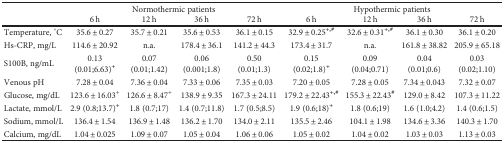
<table><thead><tr><td rowspan="2"></td><td colspan="4"><b>Normothermic patients</b></td><td colspan="4"><b>Hypothermic patients</b></td></tr><tr><td><b>6 h</b></td><td><b>12 h</b></td><td><b>36 h</b></td><td><b>72 h</b></td><td><b>6 h</b></td><td><b>12 h</b></td><td><b>36 h</b></td><td><b>72 h</b></td></tr></thead><tbody><tr><td>Temperature, °C</td><td>35.6 ± 0.27</td><td>35.7 ± 0.21</td><td>35.6 ± 0.53</td><td>36.1 ± 0.15</td><td>32.9 ± 0.25<sup><b>+,#</b></sup></td><td>32.6 ± 0.31<sup><b>+,#</b></sup></td><td>36.1 ± 0.30</td><td>36.1 ± 0.20</td></tr><tr><td>Hs-CRP, mg/L</td><td>114.6 ± 20.92</td><td>n.a.</td><td>178.4 ± 36.1</td><td>141.2 ± 44.3</td><td>173.4 ± 31.7</td><td>n.a.</td><td>161.8 ± 38.82</td><td>205.9 ± 65.18</td></tr><tr><td>S100B, ng/mL</td><td>0.13(0.01;6.63)<sup><b>+</b></sup></td><td>0.07 (0.01;1.42)</td><td>0.06 (0.001;1.8)</td><td>0.50 (0.01;1.3)</td><td>0.15 (0.02;1.8)<sup><b>+</b></sup></td><td>0.09 (0.04;0.71)</td><td>0.04 (0.01;0.6)</td><td>0.03 (0.02;1.10)</td></tr><tr><td>Venous pH</td><td>7.28 ± 0.04</td><td>7.36 ± 0.04</td><td>7.33 ± 0.06</td><td>7.35 ± 0.03</td><td>7.20 ± 0.05</td><td>7.28 ± 0.05</td><td>7.34 ± 0.043</td><td>7.32 ± 0.07</td></tr><tr><td>Glucose, mg/dL</td><td>123.6 ± 16.03<sup>+</sup></td><td>126.6 ± 8.47<sup>+</sup></td><td>138.9 ± 9.35</td><td>167.3 ± 24.11</td><td>179.2 ± 22.43<sup><b>+,#</b></sup></td><td>155.3 ± 22.43<sup><b>#</b></sup></td><td>129.0 ± 8.42</td><td>107.3 ± 11.22</td></tr><tr><td>Lactate, mmol/L</td><td>2.9 (0.8;13.7)<sup><b>+</b></sup></td><td>1.8 (0.7;17)</td><td>1.4 (0.7;11.8)</td><td>1.7 (0.5;8.5)</td><td>1.9 (0.6;18)<sup><b>+</b></sup></td><td>1.8 (0.6;19)</td><td>1.6 (1.0;4.2)</td><td>1.4 (0.6;1.5)</td></tr><tr><td>Sodium, mmol/L</td><td>136.4 ± 1.54</td><td>136.9 ± 1.48</td><td>136.2 ± 1.70</td><td>134.0 ± 2.11</td><td>135.5 ± 2.46</td><td>104.1 ± 1.98</td><td>134.6 ± 3.36</td><td>140.3 ± 1.70</td></tr><tr><td>Calcium, mg/dL</td><td>1.04 ± 0.025</td><td>1.09 ± 0.07</td><td>1.05 ± 0.04</td><td>1.06 ± 0.06</td><td>1.05 ± 0.02</td><td>1.04 ± 0.02</td><td>1.03 ± 0.03</td><td>1.13 ± 0.03</td></tr></tbody></table>